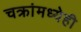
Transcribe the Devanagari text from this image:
चक्रांमध्येही